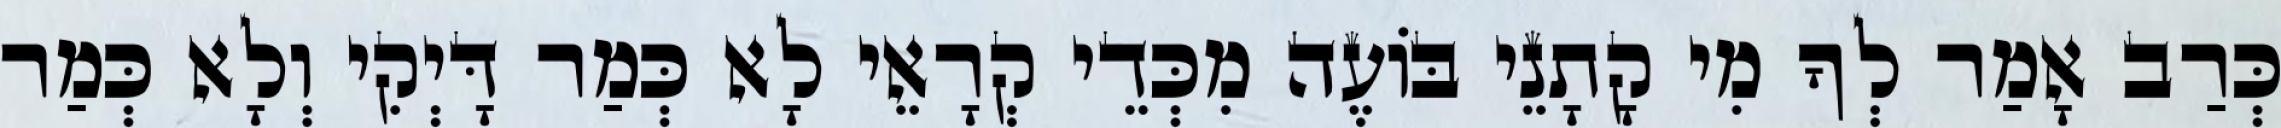
כְּרַב אָמַר לְךָ מִי קָתָנֵי בּוֹעֶה מִכְּדֵי קְרָאֵי לָא כְּמַר דָּיְקִי וְלָא כְּמַר